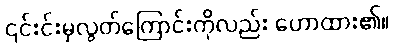
၎င်းင်းမှလွတ်ကြောင်းကိုလည်း ဟောထား၏။